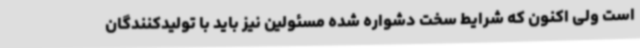
است ولی اکنون که شرایط سخت دشواره شده مسئولین نیز باید با تولیدکنندگان